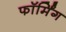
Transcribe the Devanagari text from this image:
फॉर्मिंग